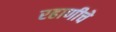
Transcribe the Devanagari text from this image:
रहाणीचे